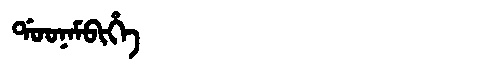
Manchu: ᡩᠣᠣᠨᠠᠮᠪᡳᡥᡝ
Romanization: DOONAMBIHE